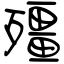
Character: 殭